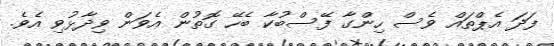
ފަދަ އެޕްތައް ވެސް ހިންގާ ފޭސްބުކާ ބެހޭ ގޮތުން އެވަން ވިދާޅުވި އެވެ.